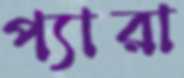
প্যারা